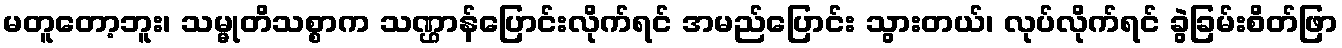
မတူတော့ဘူး၊ သမ္မုတိသစ္စာက သဏ္ဌာန်ပြောင်းလိုက်ရင် အမည်ပြောင်း သွားတယ်၊ လုပ်လိုက်ရင် ခွဲခြမ်းစိတ်ဖြာ